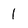
Character: l